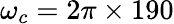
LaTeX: \omega_{c}=2\pi\times 190